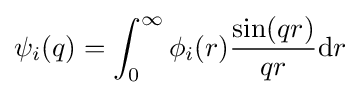
\psi _{i}(q)=\int _{0}^{\infty }\phi _{i}(r){\frac {\sin(qr)}{qr}}{\text{d}}r